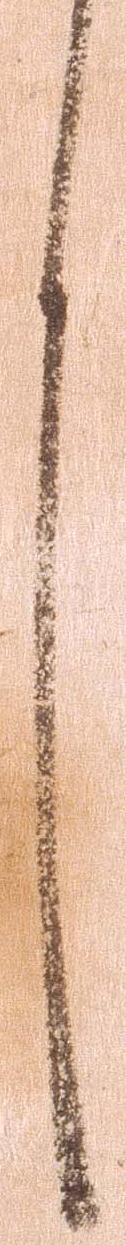
之